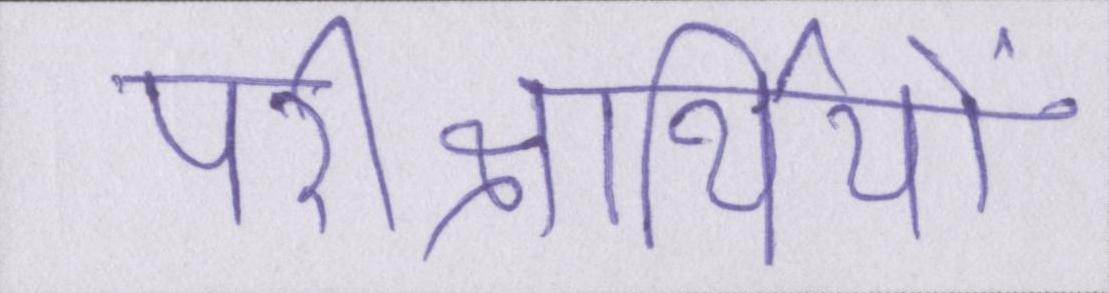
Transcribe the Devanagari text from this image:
परीक्षार्थियों